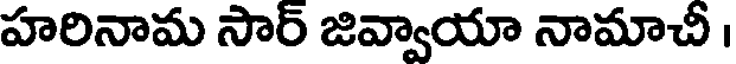
హరినామ సార్ జివ్వాయా నామాచీ